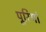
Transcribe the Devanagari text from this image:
पूरियां